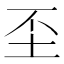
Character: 𡉤